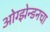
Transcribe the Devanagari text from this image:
ओग्झेन्डनचा